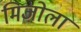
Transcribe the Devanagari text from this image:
मिजोला